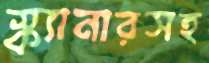
স্ক্যানারসহ